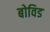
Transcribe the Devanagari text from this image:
बोविड